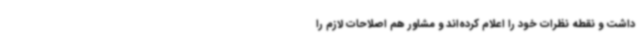
داشت و نقطه نظرات خود را اعلام کرده‌اند و مشاور هم اصلاحات لازم را